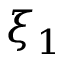
\xi _ { 1 }